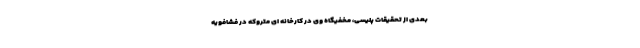
بعدی از تحقیقات پلیسی، مخفیگاه وی در کارخانه ای متروکه در فشافویه